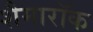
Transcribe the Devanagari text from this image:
शैमारॉक